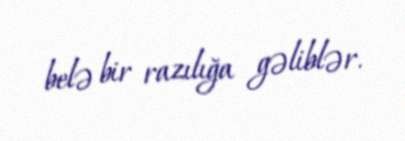
belə bir razılığa gəliblər.